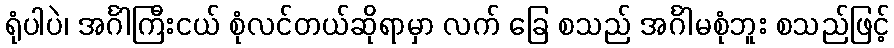
ရုံပါပဲ၊ အင်္ဂါကြီးငယ် စုံလင်တယ်ဆိုရာမှာ လက် ခြေ စသည် အင်္ဂါမစုံဘူး စသည်ဖြင့်